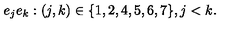
e _ { j } e _ { k } : ( j , k ) \in \{ 1 , 2 , 4 , 5 , 6 , 7 \} , j < k .